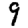
Digit: 9